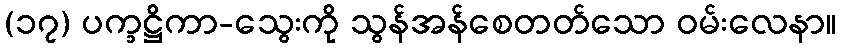
(၁၇) ပက္ခဋ္ဌိကာ-သွေးကို သွန်အန်စေတတ်သော ဝမ်းလေနာ။